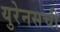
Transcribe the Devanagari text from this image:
युरेनसची